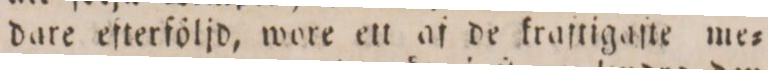
dare efterföljd, wore ett af de kraftigaſte me=